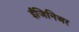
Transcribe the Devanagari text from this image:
ईंजिनिअर